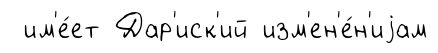
им'е́ет Дар'иск'ий изм'ен'е́н'иjам